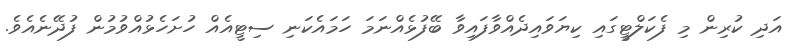
އަދި ކުރިން މި ފެކަލްޓީގައި ކިޔަވައިދެއްވާފައިވާ ބޭފުޅެއްނަމަ ހަމައެކަނި ސިޓީއެއް ހުށަހެޅުއްވުމުން ފުދޭނެއެވެ.